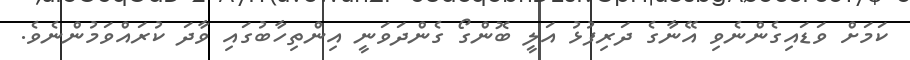
ކަމަށް ވަޑައިގެންނެވި އޭނާގެ ދަރިފުޅު އަލީ ބޮންގޯ ގެންދަވަނީ އިންތިހާބުގައި ވާދަ ކުރައްވަމުންނެވެ.